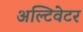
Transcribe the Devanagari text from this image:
अल्टिवेटर